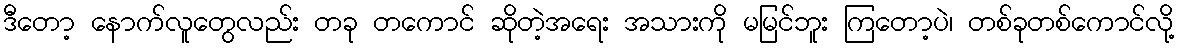
ဒီတော့ နောက်လူတွေလည်း တခု တကောင် ဆိုတဲ့အရေး အသားကို မမြင်ဘူး ကြတော့ပဲ၊ တစ်ခုတစ်ကောင်လို့